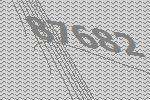
87682